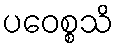
ပဝေစ္စသိ